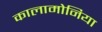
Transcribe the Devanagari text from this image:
कालामोनिया